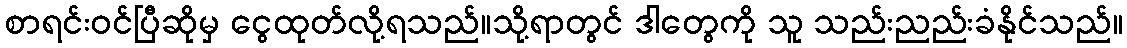
စာရင်းဝင်ပြီဆိုမှ ငွေထုတ်လို့ရသည်။သို့ရာတွင် ဒါတွေကို သူ သည်းညည်းခံနိုင်သည်။